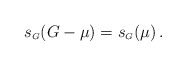
\begin{align*} s_{\scriptscriptstyle G} (G-\mu) = s_{\scriptscriptstyle G} (\mu) \,.\end{align*}